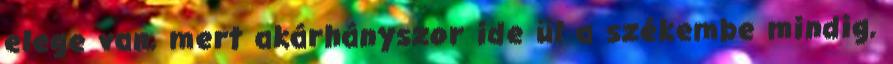
elege van, mert akárhányszor ide ül a székembe mindig,